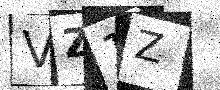
Text: VZ1Z